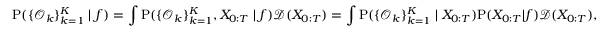
\small \mathrm { P } ( \{ \mathcal { O } _ { k } \} _ { k = 1 } ^ { K } \mid f ) = \int \mathrm { P } ( \{ \mathcal { O } _ { k } \} _ { k = 1 } ^ { K } , X _ { 0 : T } \mid f ) \mathcal { D } ( X _ { 0 : T } ) = \int \mathrm { P } ( \{ \mathcal { O } _ { k } \} _ { k = 1 } ^ { K } \mid X _ { 0 : T } ) \mathrm { P } ( X _ { 0 : T } | f ) \mathcal { D } ( X _ { 0 : T } ) ,